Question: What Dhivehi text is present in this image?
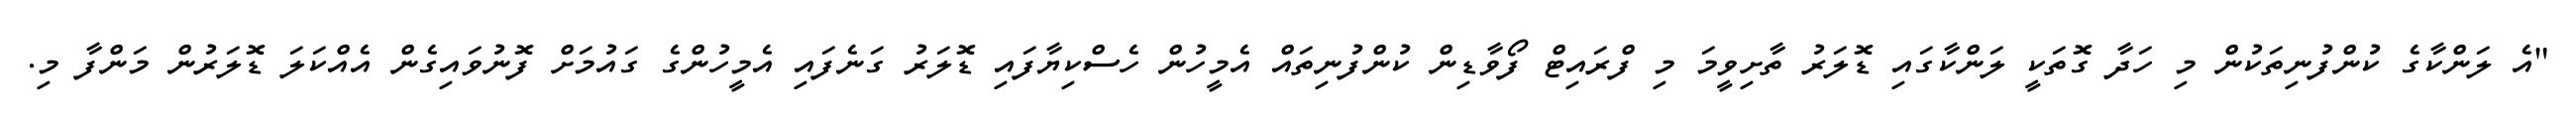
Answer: "އެ ލަންކާގެ ކުންފުނިތަކުން މި ހަދާ ގޮތަކީ ލަންކާގައި ޑޮލަރު ތާށިވީމަ މި ފްރައިޓް ފޯވާޑިން ކުންފުނިތައް އެމީހުން ހެސްކިޔާފައި ޑޮލަރު ގަނެފައި އެމީހުންގެ ގައުމަށް ފޮނުވައިގެން އެއްކަލަ ޑޮލަރުން މަންފާ މި.